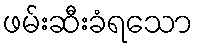
ဖမ်းဆီးခံရသော